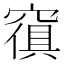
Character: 𱷒